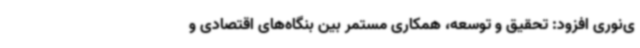
ی‌نوری افزود: تحقیق و توسعه، همکاری مستمر بین بنگاه‌های اقتصادی و